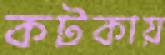
কটকায়